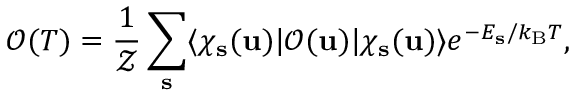
\mathcal { O } ( T ) = \frac { 1 } { \mathcal { Z } } \sum _ { \mathbf { s } } \langle \chi _ { \mathbf { s } } ( \mathbf { u } ) | \mathcal { O } ( \mathbf { u } ) | \chi _ { \mathbf { s } } ( \mathbf { u } ) \rangle e ^ { - E _ { \mathbf { s } } / k _ { \mathrm { B } } T } ,